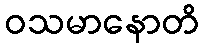
ဝသမာနောတိ